Annual administration and progress report of the Indian Medical Department, Bombay
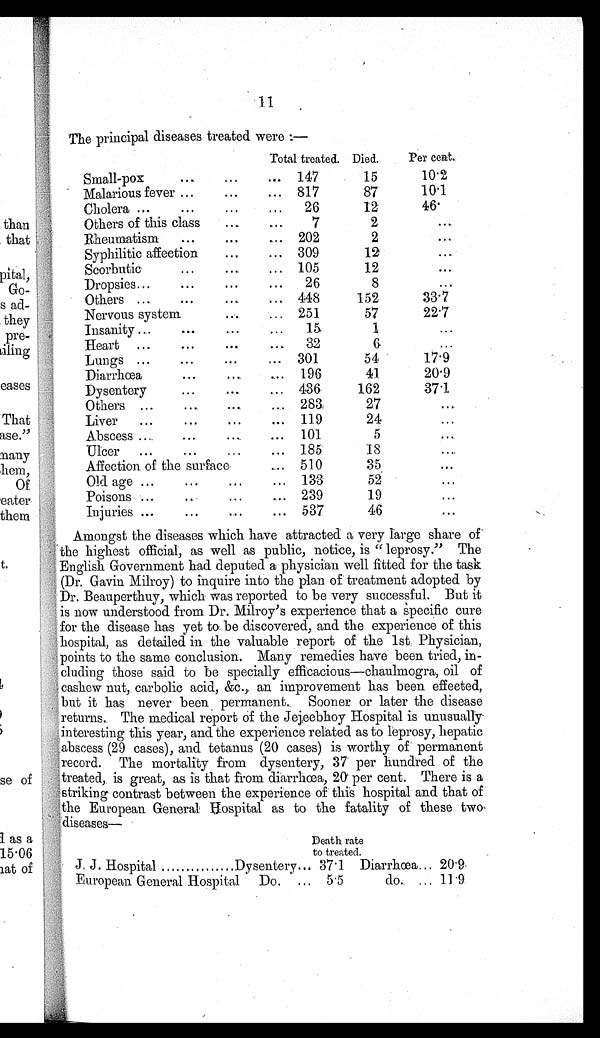
11
The principal diseases treated were:—
Total treated. Died. Per cent.
Small-pox
. . . ... ... 147
15
10.2
Malarious fever ...
. . . ... 817
87
10.1
Cholera . . .
. . .
. . .
... 26
12
46.
Others of this class ...
. . . 7
2
. . .
Rheumatism ... ... ... 202
2
...
Syphilitic affection ... ... 309
12
...
Scorbutic
. . .
. . . ... 105
12
. . .
Dropsies ... ... ...
. . .
26
8
...
Others ... . . .
... ... 448
152
33.7
Nervous system
. . .
... 251
57
22.7
Insanity ...
. . . ... . . .
15
1
...
Heart ... ... . . .
. . .
32
6
...
Lungs ...
. . . ... ... 301
54
17.9
Diarrhœa
...
. . .
... 196
41
20.9
Dysentery
... ... ... 436
162
37.1
Others ... ... ... ... 283
27
...
Liver ... . . .
... ... 119
24
...
Abscess ... ... ... ... 101
5
...
Ulcer ... ... ... ... 185
18
...
Affection of the surface
... 510
35
. . .
Old age . . .
... ... ... 133
52
...
Poisons ...
... ... ... 239
19
...
Injuries . . .
...
... ... 537
46
. . .
Amongst the diseases which have attracted a very large share of
the highest official, as well as public, notice, is "leprosy." The
English Government had deputed a physician well fitted for the task
(Dr. Gavin Milroy) to inquire into the plan of treatment adopted by
Dr. Beauperthuy, which was reported to be very successful. But it
is now understood from Dr. Milroy's experience that a specific cure
for the disease has yet to be discovered, and the experience of this
hospital, as detailed in the valuable report of the 1st Physician,
points to the same conclusion. Many remedies have been tried, in-
cluding those said to be specially efficacious—chaulmogra, oil of
cashew nut, carbolic acid, &c., an improvement has been effected,
but it has never been permanent. Sooner or later the disease
returns. The medical report of the Jejeebhoy Hospital is unusually
interesting this year, and the experience related as to leprosy, hepatic
abscess (29 cases), and tetanus (20 cases) is worthy of permanent
record. The mortality from dysentery, 37 per hundred of the
treated, is great, as is that from diarrhœa, 20 per cent. There is a
striking contrast between the experience of this hospital and that of
the European General Hospital as to the fatality of these two
diseases—
Death rate
to treated.
J. J. Hospital ............... Dysentery ... 37.1 Diarrhœa ... 20.9
European General Hospital Do.
... 5.5
do. ... 11.9